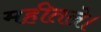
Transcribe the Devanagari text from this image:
महीतले।